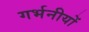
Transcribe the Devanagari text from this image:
गर्भनीयों